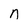
Character: n